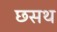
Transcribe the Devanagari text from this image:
छसथ